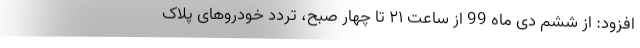
افزود: از ششم دی ماه 99 از ساعت ۲۱ تا چهار صبح، تردد خودروهای پلاک